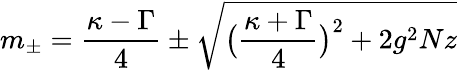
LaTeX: m_{\pm}=\frac{\kappa-\Gamma}{4}\pm\sqrt{\big(\frac{\kappa+\Gamma}{4}\big)^{2}+2g^{2}Nz}